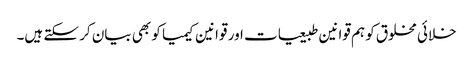
خلائی مخلوق کو ہم قوانین طبیعیات اور قوانین کیمیا کو بھی بیان کر سکتے ہیں۔